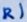
Text: R1